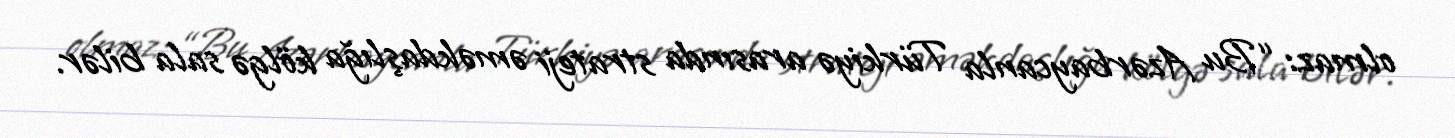
olmaz: “Bu Azərbaycanla Türkiyə arasında strateji əməkdaşlığa kölgə sala bilər.